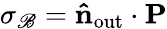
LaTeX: \sigma_{\mathscr{B}}=\mathbf{{\hat{{n}}}}_{\mathrm{{out}}}\cdot\mathbf{{P}}